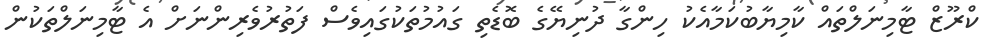
ކްރޫޒް ޓާމިނަލްތައް ކާމިޔާބުކަމާއެކު ހިންގާ ދުނިޔޭގެ ބޮޑެތި ގައުމުތަކުގައިވެސް ފަތުރުވެރިންނަށް އެ ޓާމިނަލްތަކުން